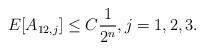
LaTeX: \begin{align*}E[A_{12,j}]\leq C\frac{1}{2^n}, j=1,2,3.\end{align*}